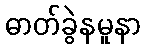
ဓာတ်ခွဲနမူနာ